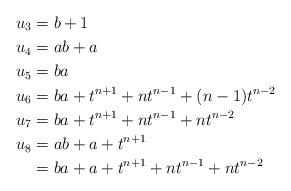
LaTeX: \begin{align*}u_{3} & =b+1\\u_{4} & =ab+a\\u_{5} & =ba\\u_{6} & =ba+t^{n+1}+nt^{n-1}+(n-1)t^{n-2}\\u_{7} & =ba+t^{n+1}+nt^{n-1}+nt^{n-2}\\u_{8} & =ab+a+t^{n+1}\\ & =ba+a+t^{n+1}+nt^{n-1}+nt^{n-2}\end{align*}